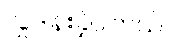
လှူဒါန်းခဲ့ပါတယ်။